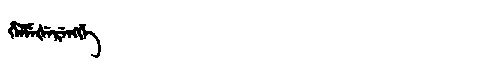
Manchu: ᡥᡝᠯᠮᡝᡧᡝᡵᡝᠩᡤᡝ
Romanization: HELMEŠERENGGE